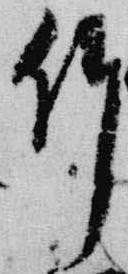
竹